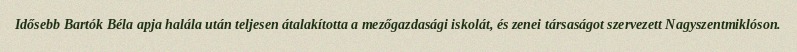
Idősebb Bartók Béla apja halála után teljesen átalakította a mezőgazdasági iskolát, és zenei társaságot szervezett Nagyszentmiklóson.